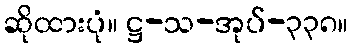
ဆိုထားပုံ။ ဋ္ဌ-သ-အုပ်-၃၃၈။